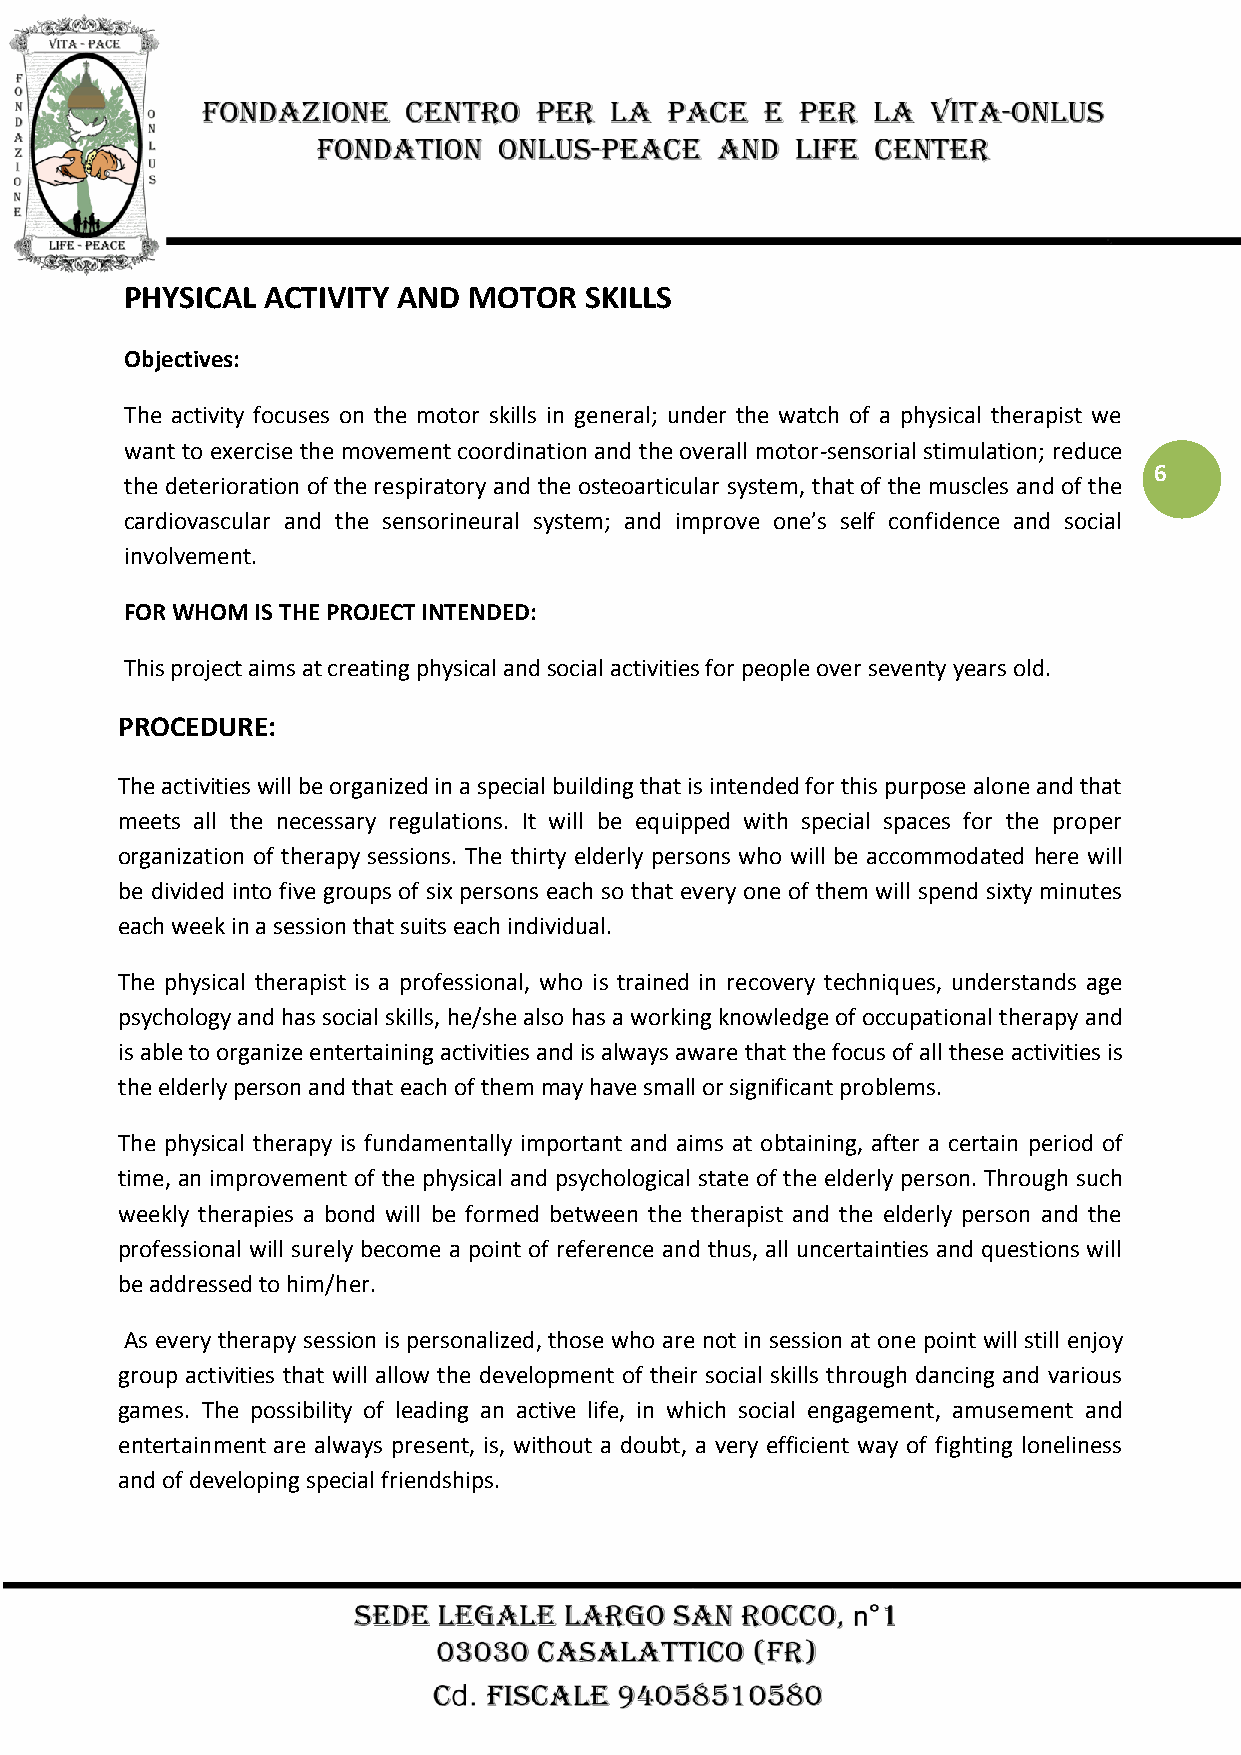
PHYSICAL  ACTIVITY AND MOTOR   SKILLS
 Objectives:
 The activity focuses on the motor skills in general; under the watch of a physical therapist we
 want to exercise the movement coordination and the overall motor-sensorial stimulation; reduce
 6
 the deterioration of the respiratory and the osteoarticular system, that of the muscles and of the
 cardiovascular and the sensorineural system; and improve one’s self confidence and social
 involvement.
 FOR WHOM IS THE PROJECT INTENDED:
 This project aims at creating physical and social activities for people over seventy years old.
 PROCEDURE:
 The activities will be organized in a special building that is intended for this purpose alone and that
 meets all the necessary regulations. It will be equipped with special spaces for the proper
 organization of therapy sessions. The thirty elderly persons who will be accommodated here will
 be divided into five groups of six persons each so that every one of them will spend sixty minutes
 each week in a session that suits each individual.
 The physical therapist is a professional, who is trained in recovery techniques, understands age
 psychology and has social skills, he/she also has a working knowledge of occupational therapy and
 is able to organize entertaining activities and is always aware that the focus of all these activities is
 the elderly person and that each of them may have small or significant problems.
 The physical therapy is fundamentally important and aims at obtaining, after a certain period of
 time, an improvement of the physical and psychological state of the elderly person. Through such
 weekly therapies a bond will be formed between the therapist and the elderly person and the
 professional will surely become a point of reference and thus, all uncertainties and questions will
 be addressed to him/her.
 As every therapy session is personalized, those who are not in session at one point will still enjoy
 group activities that will allow the development of their social skills through dancing and various
 games. The possibility of leading an active life, in which social engagement, amusement and
 entertainment are always present, is, without a doubt, a very efficient way of fighting loneliness
 and of developing special friendships.